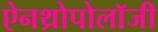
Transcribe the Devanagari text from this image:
ऐनथ्रोपोलॉजी